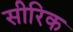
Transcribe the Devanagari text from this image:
सीरिक